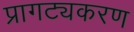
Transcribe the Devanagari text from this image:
प्रागट्यकरण